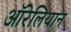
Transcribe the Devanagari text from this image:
ऑरेलियान